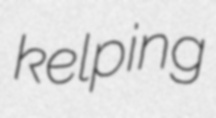
kelping